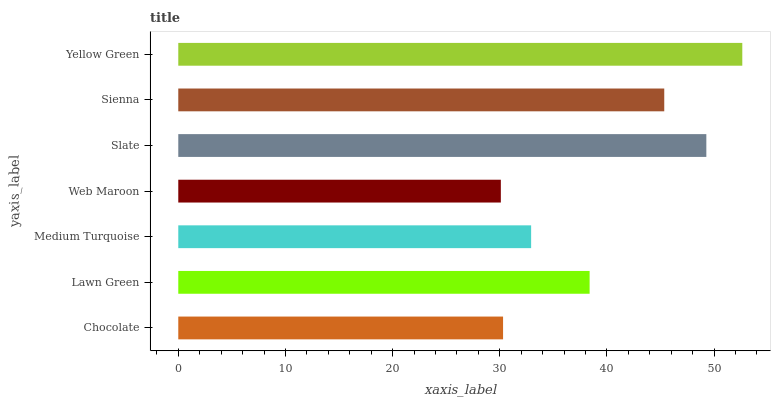
| yaxis_label | bars |
 | --- | --- |
 | Chocolate | 30.3 |
 | Lawn Green | 38.4 |
 | Medium Turquoise | 32.9 |
 | Web Maroon | 30.1 |
 | Slate | 49.3 |
 | Sienna | 45.3 |
 | Yellow Green | 52.6 |